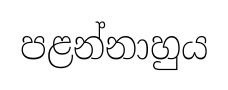
පළන්නාහුය